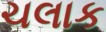
ચલાક